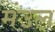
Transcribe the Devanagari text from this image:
मंउल